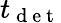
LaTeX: t_{\mathrm{~d~e~t~}}